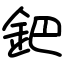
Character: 鈀